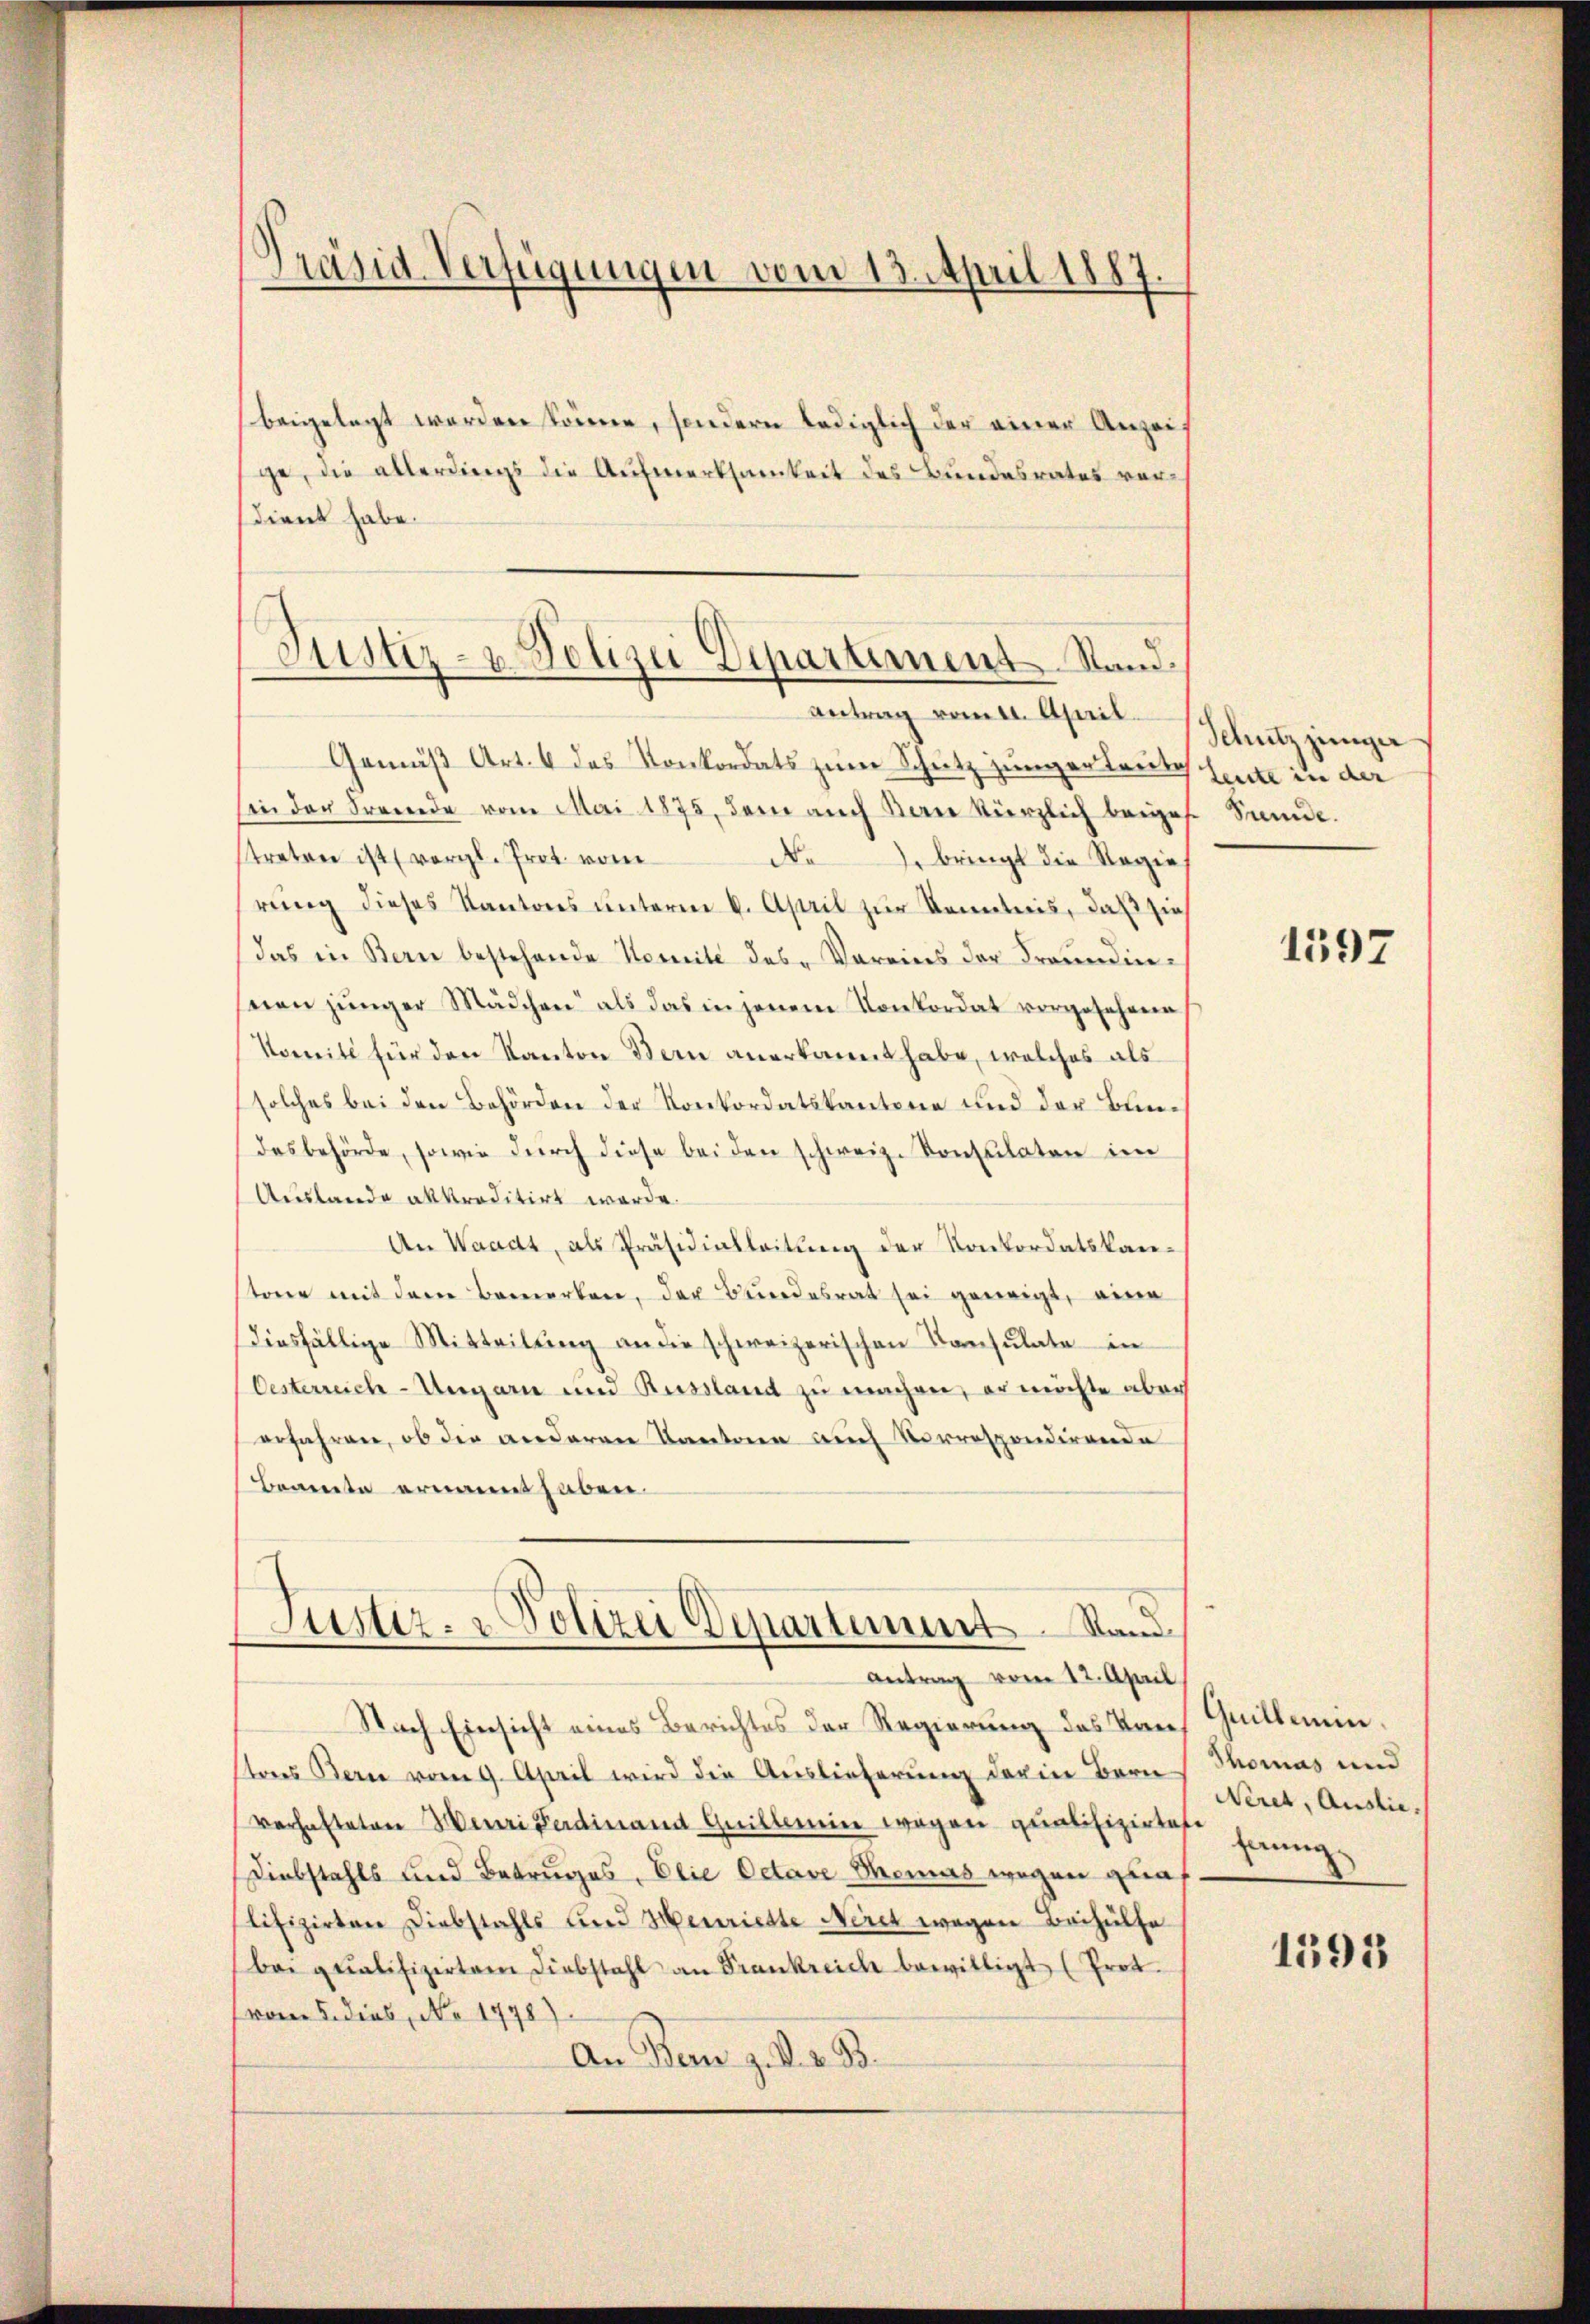
Präsid. Verfügungen vom 13. April 1887.

beigelegt werden könne, sondern lediglich der einer Anzeif
ge, die allerdings die Aufmerksamkeit des Bundesrates versdient habe.

Justiz- & Polizei Departement. Stand.
Antrag vom 21. April.

Gemäß Art. 4 des Konkordats zum Schutz junger Leute
sin der Fremde vom Mai 1875, den aŭch Kern kürzlich beiges Sünde.
streten ist (vergl. Prot. vom
No 2. bringt die Regie
rung dieses Kantons unterm 6. April zur Kenntnis, daß sieh
das in Bern bestehende Komite des Vereins der Freundinseien jünger Mädchen als das in jenem Konkordat vorgesehene
Komité für den Kanton Bern anerkannt habe, welches als
solches bei den Behörden der Konkordatskantone und der Bundesbehörde, sowie durch diese bei den schweiz. Konsulaten im
Auslande akkreditirt werde.
An Waadt, als Präsidialleitung der Konkordatskansterer mit dem Bemerken, der Bundesrat sei geneigt, eine
diesfällige Mitteilung an die schweizerischen Konsulate in
Oesterreich-Ungarn und Russland zu machen, er möchte aber
erfahren, ob die anderen Kantone auch Vorrespondirende
Beamte ernannt haben.
Justiz- & Polizei Departement. Stand
Antrag vom 12. April
Nach Einsicht eines Berichtes der Regierung des Kantons Bern vom 9. April wird die Auslieferung darin Bern
verhafteten Henri Ferdinand Guillein wegen quaeszens hanng
Diebstahls und Betruges, Elie Octave Memas wegen qualifizirten Diebstahls und Henriette Niret wegen Beihülfe
bai qualifizirten Diebstahl an Frankreich bewilligt (Prot.
vom 5. dies, No 1778)
An Bern z. S. z. B.

Schutz junger
Leute in der

1597

Quillmein.
Thomas und
Neret, Auslie¬

1595